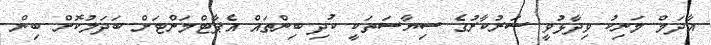
އާދަމް މަނިކު ވިދާޅުވީ ސަރުކާރުގެ ސިޔާސަތަކީ ކުދި ބިންތައް އެޕާޓްމަންޓަށް ބަދަލުކޮށް ބިން